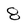
Character: 8